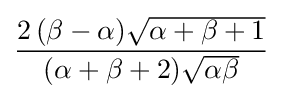
{\frac {2\,(\beta -\alpha ){\sqrt {\alpha +\beta +1}}}{(\alpha +\beta +2){\sqrt {\alpha \beta }}}}